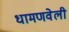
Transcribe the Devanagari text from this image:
धामणवेली